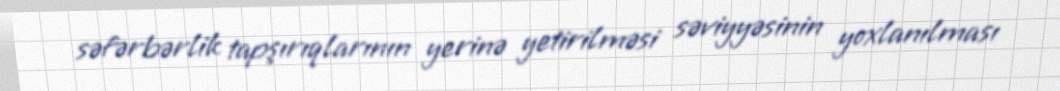
səfərbərlik tapşırıqlarının yerinə yetirilməsi səviyyəsinin yoxlanılması